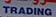
trading